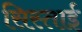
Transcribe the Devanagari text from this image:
सिस्ताई